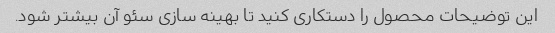
این توضیحات محصول را دستکاری کنید تا بهینه سازی سئو آن بیشتر شود.